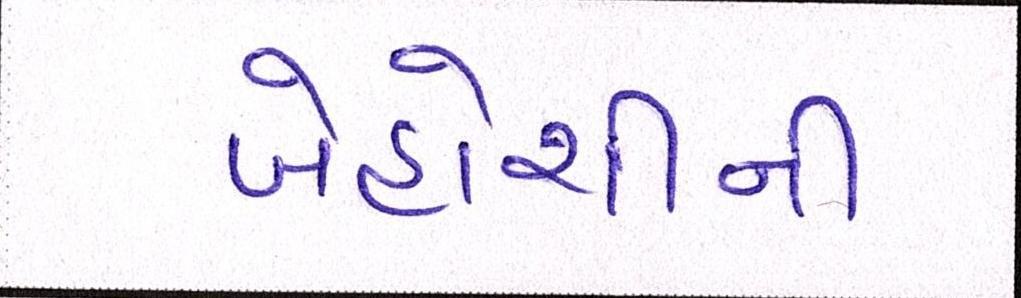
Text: બેહોશીની